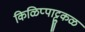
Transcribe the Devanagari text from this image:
किळिप्पाट्टुकळ